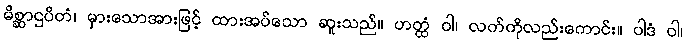
မိစ္ဆာဌပိတံ၊ မှားသောအားဖြင့် ထားအပ်သော ဆူးသည်။ ဟတ္ထံ ဝါ၊ လက်ကိုလည်းကောင်း။ ပါဒံ ဝါ၊